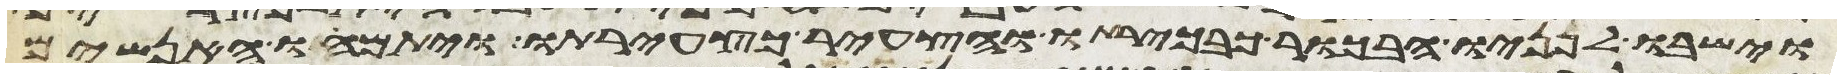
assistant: וישבו לפניו הבכור כבכירתו והצעיר כצעירתו ויתמהו האנשים